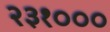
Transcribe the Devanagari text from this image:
२३१०००